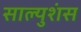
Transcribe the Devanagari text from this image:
साल्युशंस